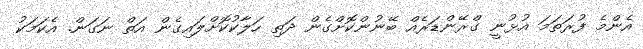
އެންމެ ފުރަތަމަ އުޅުނީ ގްރޭންޑަރެއް ބޭނުންކޮށްގެން ދަތި ހަލާކުކޮށްލައިގެން އަތް ނަގަން. އެކަމަކު